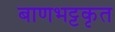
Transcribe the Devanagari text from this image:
बाणभट्टकृत